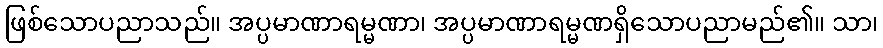
ဖြစ်သောပညာသည်။ အပ္ပမာဏာရမ္မဏာ၊ အပ္ပမာဏာရမ္မဏရှိသောပညာမည်၏။ သာ၊